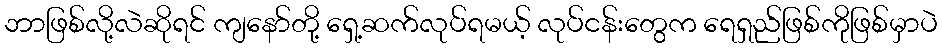
ဘာဖြစ်လို့လဲဆိုရင် ကျနော်တို့ ရှေ့ဆက်လုပ်ရမယ့် လုပ်ငန်းတွေက ရေရှည်ဖြစ်ကိုဖြစ်မှာပဲ